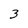
Character: 3